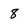
Character: 8